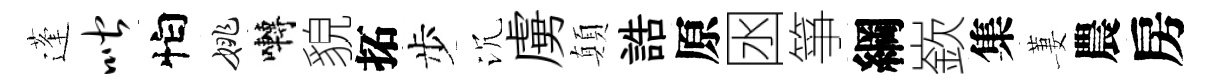
蓬喈怕姚囀貌拓步沉虜顛誥原囦箏綱嶔集萋農房